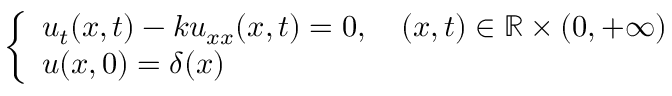
\left\{ { \begin{array} { l l } { u _ { t } ( x , t ) - k u _ { x x } ( x , t ) = 0 , \quad ( x , t ) \in \mathbb { R } \times ( 0 , + \infty ) } \\ { u ( x , 0 ) = \delta ( x ) } \end{array} } \right.